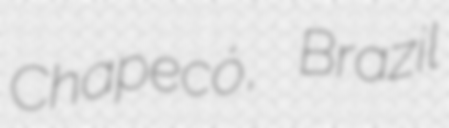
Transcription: Chapecó, Brazil